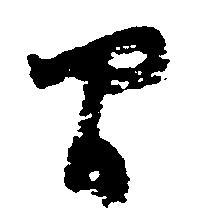
間